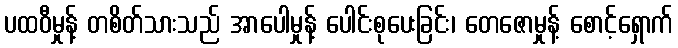
ပထဝီမှုန့် တစိတ်သားသည် အာပေါမှုန့် ပေါင်းစုပေးခြင်း၊ တေဇောမှုန့် စောင့်ရှောက်